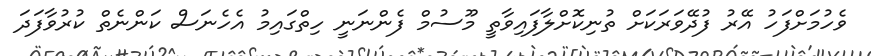
ވެހުމަށްފަހު އޭރު ފުދޭވަރަކަށް ތުނިކޮށްލާފައިވާތީ މޫސުމް ފެންނަނީ ހިތްގައިމު އެހެނަސް ކަންނެތް ކުރުވާފަދަ